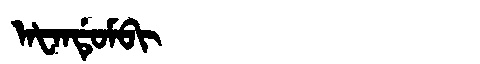
Manchu: ᠠᡶᠠᠨᡩᡠᠮᠪᡳ
Romanization: AFANDUMBI